Civil Veterinary Dept. North-West Frontier Province 1901-22 - 1901-1922
Year: 1901
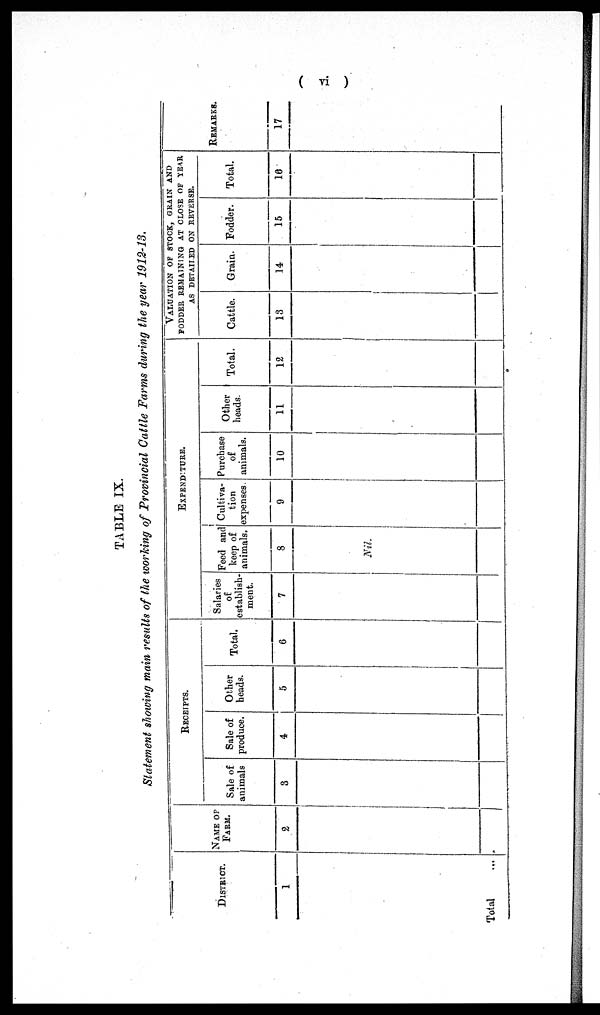
( vi )
TABLE IX.
Statement showing main results of the working of Provincial Cattle Farms during the year 1912-13.
DISTRICT.
1
Total ...
NAME OF
FARM.
2
RECEIPTS.
Sale of
animals
3
Sale of
produce.
4
Other
heads.
5
Total.
6
EXPENDITURE.
Salaries
of
establish-
ment.
7
Feed and
keep of
animals.
8
Nil.
Cultiva-
tion
expenses.
9
Purchase
of
animals.
10
Other
heads.
11
Total.
12
VALUATION OF STOCK, GRAIN AND
FODDER REMAINING AT CLOSE OF YEAR
AS DETAILED ON REVERSE.
Cattle.
13
Grain.
14
Fodder.
15
Total.
16
REMARKS.
17